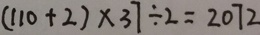
( 1 1 0 + 2 ) \times 3 7 \div 2 = 2 0 7 2